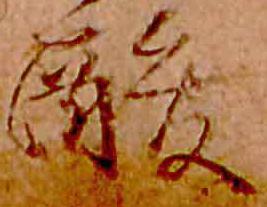
酸